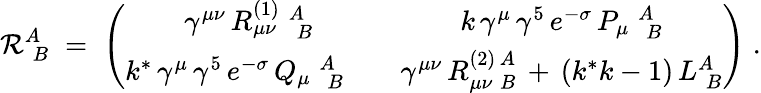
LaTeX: \mathcal{R}_{\; B}^{A}\; =\; \left(\begin{array}{cc}{{\gamma^{\mu\nu}\, R_{\mu\nu}^{(1)}\; _{\; B}^{A}}}&{{k\, \gamma^{\mu}\, \gamma^{5}\, e^{-\sigma}\, P_{\mu}\; _{\; B}^{A}}}\\ {{k^{*}\, \gamma^{\mu}\, \gamma^{5}\, e^{-\sigma}\, Q_{\mu}\; _{\; B}^{A}\quad}}&{{\gamma^{\mu\nu}\, R_{\mu\nu\; B}^{(2)\, A}\, +\, (k^{*}k-1)\, L_{\; B}^{A}}}\end{array}\right)\; .